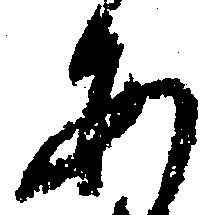
あ